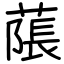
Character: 𦹥